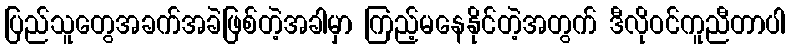
ပြည်သူတွေအခက်အခဲဖြစ်တဲ့အခါမှာ ကြည့်မနေနိုင်တဲ့အတွက် ဒီလိုဝင်ကူညီတာပါ